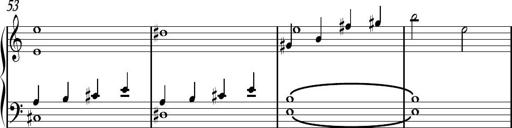
Title: Sonhatina
Composer: Davi Rocha
Key: C major